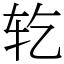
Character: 䢀